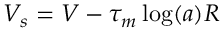
V _ { s } = V - \tau _ { m } \log ( a ) R